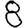
Digit: 8